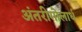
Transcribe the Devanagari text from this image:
अंतरीगोलार्ध